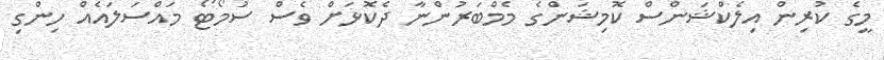
މީގެ ކުރިން އިލެކްޝަންސް ކޮމިޝަންގެ މެމްބަރުންނާ ދެކޮޅަށް ވެސް ސުމޯޓޯ މައްސަލައެއް ހިންގި